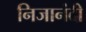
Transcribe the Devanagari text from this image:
निजानंदी